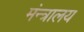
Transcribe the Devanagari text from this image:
मंन्त्रालय